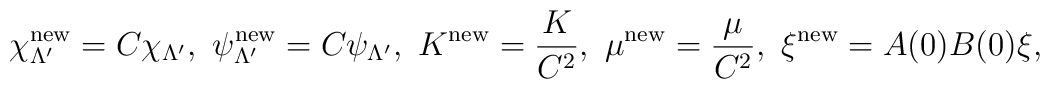
\chi_{\Lambda'}^{\rm new}=C\chi_{\Lambda'},~\psi_{\Lambda'}^{\rm new}=C\psi_{\Lambda'},~K^{\rm new}=\frac{K}{C^2},~\mu^{\rm new}=\frac{\mu}{C^2},~\xi^{\rm new}=A(0)B(0)\xi,